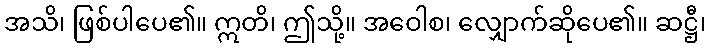
အသိ၊ ဖြစ်ပါပေ၏။ ဣတိ၊ ဤသို့။ အဝေါစ၊ လျှောက်ဆိုပေ၏။ ဆဋ္ဌီ၊